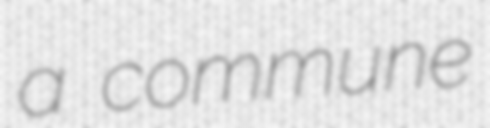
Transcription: a commune